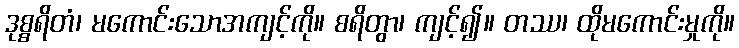
ဒုစ္စရိတံ၊ မကောင်းသောအကျင့်ကို။ စရိတွာ၊ ကျင့်၍။ တဿ၊ ထိုမကောင်းမှုကို။